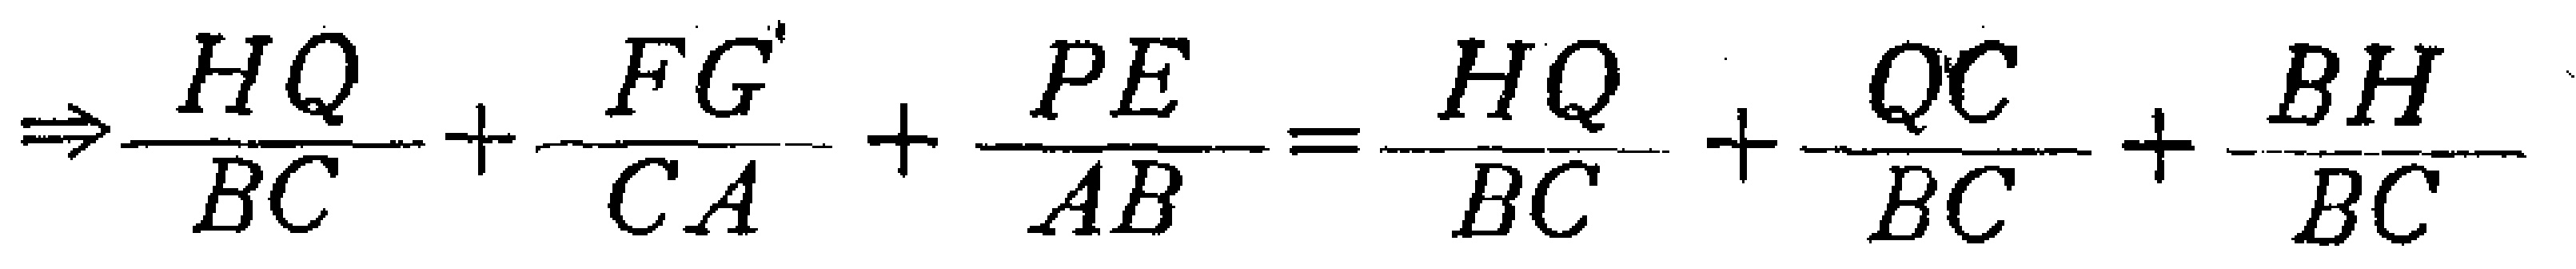
\(\Rightarrow\frac{HQ}{BC}+\frac{FG}{CA}+\frac{PE}{AB}=\frac{HQ}{BC}+\frac{QC}{BC}+\frac{BH}{BC}\)